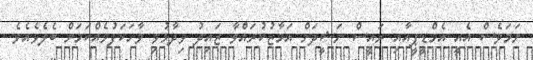
ނަމަވެސް އެއީ އެމްޑީޕީއާއި ރައީސް ނަޝީދަށް އަމާޒުކުރައްވާ ޒައިދު ވިދާޅުވި ވާހަކަފުޅެއްކަމަށް ބެލެވެއެވެ.